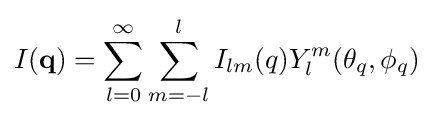
I(\mathbf {q} )=\sum _{l=0}^{\infty }\sum _{m=-l}^{l}I_{lm}(q)Y_{l}^{m}(\theta _{q},\phi _{q})